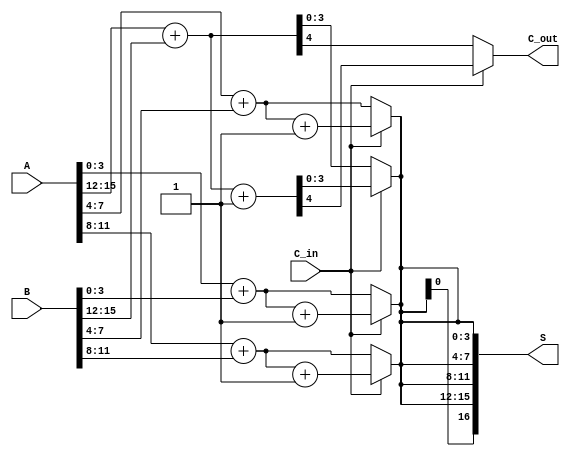
module CarrySelectAdder #(parameter N = 16, // Total number of bits (must be a multiple of K)
                          parameter K = 4)  // Number of bits in each segment
(
    input  [N-1:0] A,        // First binary number
    input  [N-1:0] B,        // Second binary number
    input         C_in,      // Carry-in
    output [N:0] S,          // Sum output (N bits + carry out)
    output        C_out       // Carry-out
);

    // Number of segments
    localparam NUM_SEGMENTS = N / K;

    // Internal wires and registers
    wire [K-1:0] S0 [0:NUM_SEGMENTS-1]; // Sums for C_in = 0
    wire [K-1:0] S1 [0:NUM_SEGMENTS-1]; // Sums for C_in = 1
    wire        C0 [0:NUM_SEGMENTS-1];   // Carry-out for C_in = 0
    wire        C1 [0:NUM_SEGMENTS-1];   // Carry-out for C_in = 1
    wire        C_prev [0:NUM_SEGMENTS-1]; // Previous carry-out

    // Generate each segment
    genvar i;
    generate
        for (i = 0; i < NUM_SEGMENTS; i = i + 1) begin : adder_segment
            // Segment inputs
            wire [K-1:0] A_segment = A[(i*K) +: K];
            wire [K-1:0] B_segment = B[(i*K) +: K];
            wire C_in_segment = (i == 0) ? C_in : C_prev[i-1];

            // Compute sum and carry for C_in = 0
            assign {C0[i], S0[i]} = A_segment + B_segment;

            // Compute sum and carry for C_in = 1
            assign {C1[i], S1[i]} = A_segment + B_segment + 1'b1;

            // Select sums and carries based on previous carry
            if (i == 0) begin
                assign C_prev[i] = C_in_segment;
            end else begin
                assign C_prev[i] = C_prev[i-1];
            end
        end
    endgenerate

    // Output logic
    generate
        for (i = 0; i < NUM_SEGMENTS; i = i + 1) begin : output_logic
            assign S[(i*K) +: K] = C_prev[i] ? S1[i] : S0[i];
            if (i == NUM_SEGMENTS - 1) begin
                assign C_out = C_prev[i] ? C1[i] : C0[i];
            end
        end
    endgenerate

    // Concatenate the final sum
    assign S[N:1] = {C_out, S[0 +: N]};

endmodule